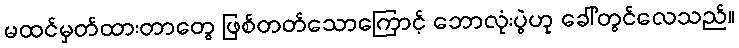
မထင်မှတ်ထားတာတွေ ဖြစ်တတ်သောကြောင့် ဘောလုံးပွဲဟု ခေါ်တွင်လေသည်။